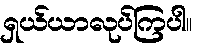
ရှယ်ယာလုပ်ကြပါ။